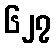
၆၂၇